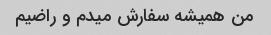
من همیشه سفارش میدم و راضیم